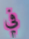
في